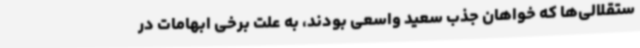
ستقلالی‌ها که خواهان جذب سعید واسعی بودند، به علت برخی ابهامات در